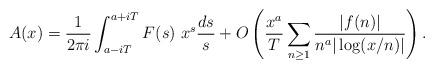
LaTeX: \begin{align*}A(x)=\frac{1}{2\pi i} \int_{a-iT}^{a+iT} F(s) \ x^s\frac{ds}{s} +O\left(\frac{x^{a}}{T}\sum_{n\geq1} \frac{|f(n)|}{n^a |\log (x/n)|} \right).\end{align*}